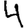
Digit: 4